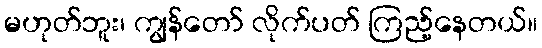
မဟုတ်ဘူး၊ ကျွန်တော် လိုက်ပတ် ကြည့်နေတယ်။